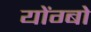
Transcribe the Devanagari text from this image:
योंग्बो